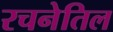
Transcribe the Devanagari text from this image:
रचनेतिल